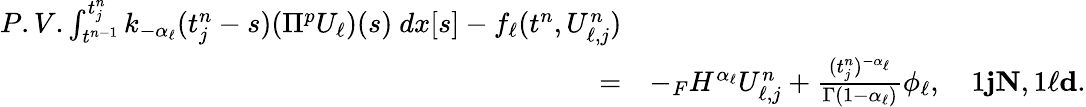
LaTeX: \begin{array}{rl}{P.V.\int_{t^{n-1}}^{t_{j}^{n}}k_{-\alpha_{\ell}}(t_{j}^{n}-s)(\Pi^{p}U_{\ell})(s)\ dx[s]-f_{\ell}(t^{n},U_{\ell,j}^{n})}\\ {=}&{-_{F}H^{\alpha_{\ell}}U_{\ell,j}^{n}+\frac{(t_{j}^{n})^{-\alpha_{\ell}}}{\Gamma(1-\alpha_{\ell})}\phi_{\ell},\quad 1\le j\le N,1\le\ell\le d.}\end{array}